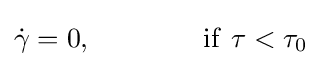
{\dot {\gamma }}=0,\qquad \qquad \mathrm {if} \ \tau <\tau _{0}